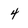
Character: 4